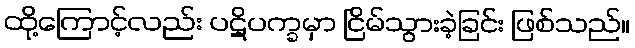
ထို့ကြောင့်လည်း ပဋိပက္ခမှာ ငြိမ်သွားခဲ့ခြင်း ဖြစ်သည်။